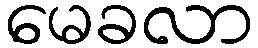
မေခလာ